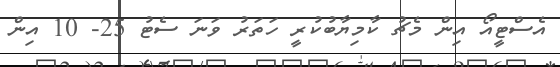
އެސްޓީއޯ އިން މެޗު ކާމިޔާބުކުރީ ހަތަރު ވަނަ ސެޓު 25- 10 އިން